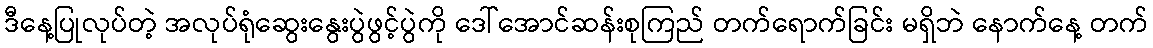
ဒီနေ့ပြုလုပ်တဲ့ အလုပ်ရုံဆွေးနွေးပွဲဖွင့်ပွဲကို ဒေါ်အောင်ဆန်းစုကြည် တက်ရောက်ခြင်း မရှိဘဲ နောက်နေ့ တက်